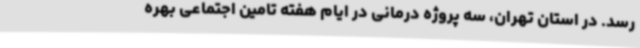
رسد. در استان تهران، سه پروژه درمانی در ایام هفته تامین اجتماعی بهره